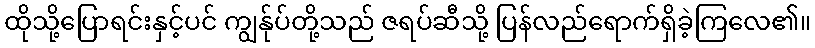
ထိုသို့ပြောရင်းနှင့်ပင် ကျွန်ုပ်တို့သည် ဇရပ်ဆီသို့ ပြန်လည်ရောက်ရှိခဲ့ကြလေ၏။